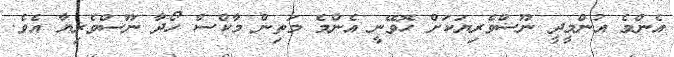
އެންމެ އުންމީދީ ނޫސްވެރިޔަކަށް ހޮވޭނީ އެންމެ މަތިން މާކްސް ހޯދާ ނޫސްވެރިޔާ އެވެ.